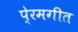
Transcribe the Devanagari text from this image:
पे्रमगीत